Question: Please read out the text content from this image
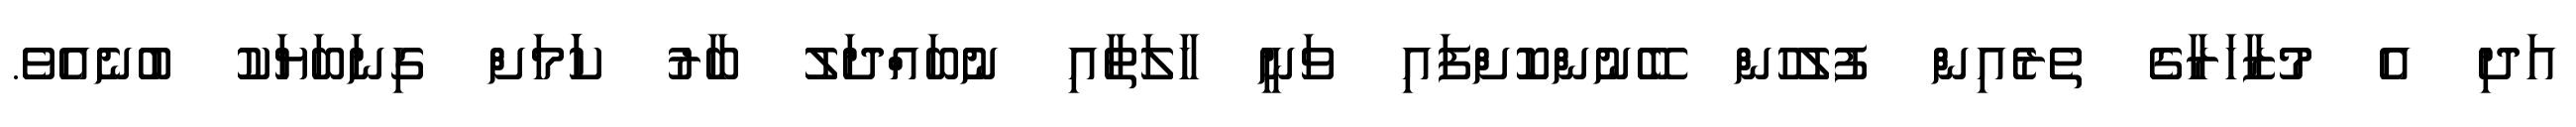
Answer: އަދި އެ މުޒާހަރާގެ ތެރެއިން ފުލުހުން ބޭނުންކޮށްފައި ވަނީ ހާލަތާއި ނުބައްދަލު ބާރު ކަަމަށް ގިނަބަޔަކު ބުނެއެވެ.